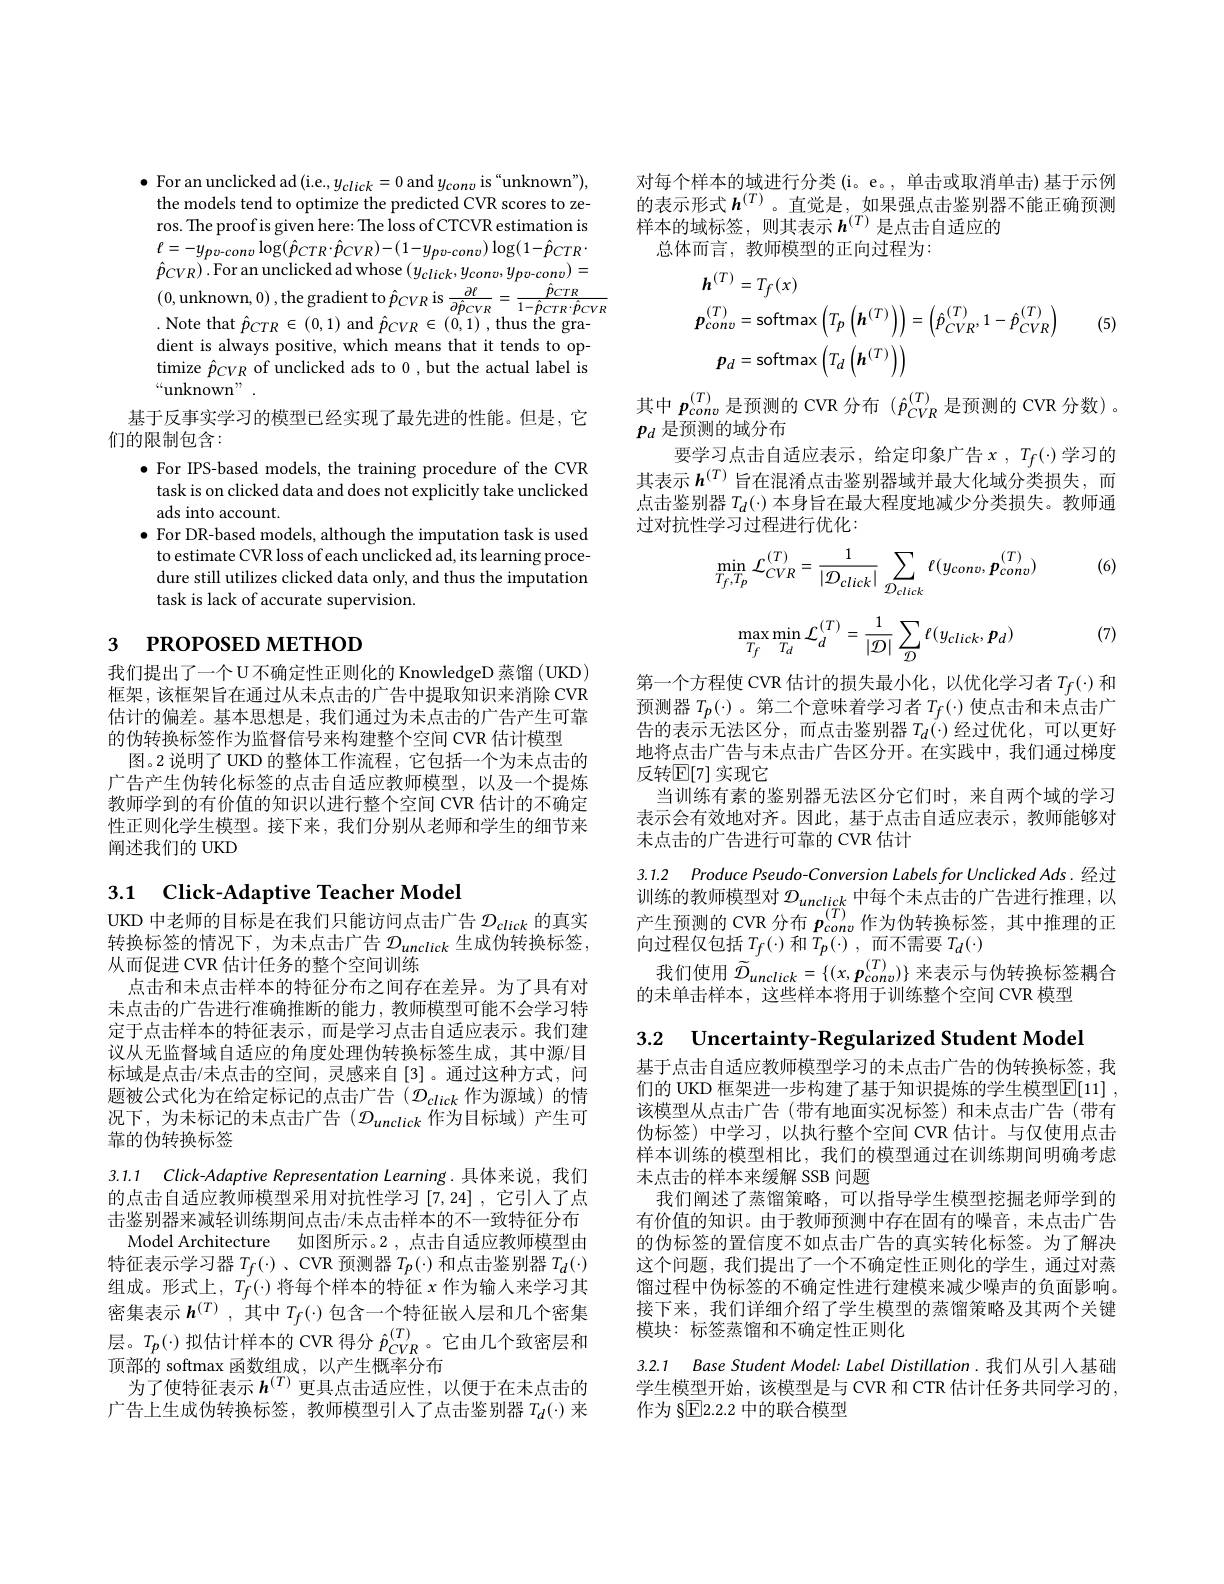
$\bullet$ Foran unclicked ad(i.e.,$y_click=0$ and $y_conv$ is "unknown"),
the models tend to optimize the predicted CVR scores to zeros. The proof is given here: The loss of CTCVR estimation is $\ell=-y_{pv-conv}\log(\hat{p}_{CTR}\cdot\hat{p}_{CVR})-(1-y_{pv-conv})\log(1-\hat{p}_{CTR}\cdot$ $\hat{p} _{CVR}) \cdot$For an unclicked ad whose $( y_{click}, y_{conv}, y_{pv- conv}) =$ (0,unknown, 0),the gradient to $\hat{p} _{CVR}$ is $\frac {\partial \ell }{\partial \hat{p} _{CVR}}= \frac {\hat{p} _{CTR}}{1- \hat{p} _{CTR}\cdot \hat{p} _{CVR}}$ Note that $\hat{n} _{CTB}\in ( 0, 1)$ and $\hat{p} _{CVB}\in ( 0, 1) $,thus the gr
.Note that $\hat{p}_{CTR}\in(0,1)$ and $\hat{p}_{CVR}\in(0,1)$ ,thus the gradient is always positive, which means that it tends to optimize $\hat{p}_{CVR}$ of unclicked ads to 0, but the actual label is “unknown” .
基于反事实学习的模型已经实现了最先进的性能。但是，它
们的限制包含：
$\bullet$ For IPS-based models, the training procedure of the CVR task is on clicked data and does not explicitly take unclicked ads into account.
$\bullet$ For DR-based models, although the imputation task is used to estimate CVR loss of each unclicked ad, its learning procedure still utilizes clicked data only, and thus the imputation task is lack of accurate supervision.

# 3 PROPOSED METHOD

我们提出了一个U不确定性正则化的 KnowledgeD 蒸馏(UKD) 框架，该框架旨在通过从未点击的广告中提取知识来消除 CVR 估计的偏差。基本思想是，我们通过为未点击的广告产生可靠的伪转换标签作为监督信号来构建整个空间 CVR 估计模型
图。2 说明了 UKD 的整体工作流程，它包括一个为未点击的广告产生伪转化标签的点击自适应教师模型，以及一个提炼教师学到的有价值的知识以进行整个空间 CVR 估计的不确定性正则化学生模型。接下来，我们分别从老师和学生的细节来阐述我们的 UKD

## 3.1 Click-Adaptive Teacher Model

UKD 中老师的目标是在我们只能访问点击广告$\mathcal{D}_{click}$的真实转换标签的情况下，为未点击广告$\mathcal{D}_unclick$生成伪转换标签， 从而促进 CVR 估计任务的整个空间训练
点击和未点击样本的特征分布之间存在差异。为了具有对未点击的广告进行准确推断的能力，教师模型可能不会学习特定于点击样本的特征表示，而是学习点击自适应表示。我们建议从无监督域自适应的角度处理伪转换标签生成，其中源/目标域是点击/未点击的空间，灵感来自[3]。通过这种方式，问题被公式化为在给定标记的点击广告($\mathcal{D}_click$作为源域)的情况下，为未标记的未点击广告($\mathcal{D}_unclick$作为目标域)产生可靠的伪转换标签

3.1.1 Click-Adaptive Representation Learning.具体来说，我们的点击自适应教师模型采用对抗性学习[7,24] ,它引人了点击鉴别器来减轻训练期间点击/未点击样本的不一致特征分布Model Architecture 如图所示。2 , 点击自适应教师模型由
特征表示学习器$T_f(\cdot)$ 、CVR 预测器$T_p(\cdot)$和点击鉴别器$T_d(\cdot)$ 组成。形式上，$T_f(\cdot)$将每个样本的特征$x$作为输人来学习其密集表示$h^{(T)}$ ,其中$T_f(\cdot)$包含一个特征嵌入层和几个密集层。$T_{p}(\cdot)$拟估计样本的 CVR 得分$\hat{p}_{CVR}^{(T)}$。它由几个致密层和顶部的 softmax 函数组成，以产生概率分布
为了使特征表示$h^{(T)}$更具点击适应性，以便于在未点击的广告上生成伪转换标签，教师模型引人了点击鉴别器$T_d(\cdot)$来

对每个样本的域进行分类(i。e。,单击或取消单击)基于示例的表示形式$h^{(T)}$。直觉是，如果强点击鉴别器不能正确预测样本的域标签，则其表示$h^{(T)}$是点击自适应的
总体而言，教师模型的正向过程为：

(5)
$$\begin{aligned}&\boldsymbol{h}^{(T)}=T_{f}(x)\\&\boldsymbol{p}_{conv}^{(T)}=\mathrm{softmax}\left(T_{p}\left(\boldsymbol{h}^{(T)}\right)\right)=\left(\hat{p}_{CVR}^{(T)},1-\hat{p}_{CVR}^{(T)}\right)\\&\boldsymbol{p}_{d}=\mathrm{softmax}\left(T_{d}\left(\boldsymbol{h}^{(T)}\right)\right)\end{aligned}$$
其中$p_{conv}^{(T)}$是预测的 CVR 分布$(\hat{p}_{CVR}^{(T)}$是预测的 CVR 分数)。
$p_d$是预测的域分布
要学习点击自适应表示，给定印象广告$x,T_f(\cdot)$学习的其表示$h^{(T)}$旨在混淆点击鉴别器域并最大化域分类损失，而点击鉴别器$T_d(\cdot)$本身旨在最大程度地减少分类损失。教师通过对抗性学习过程进行优化：

(6)
$$\min_{T_{f},T_{p}}\mathcal{L}_{CVR}^{(T)}=\frac{1}{|\mathcal{D}_{click}|}\sum_{\mathcal{D}_{click}}\ell(y_{conv},\boldsymbol{p}_{conv}^{(T)})$$
$$\max\limits_{T_f}\min\limits_{T_d}\mathcal{L}_d^{(T)}=\frac{1}{|\mathcal{D}|}\sum\limits_{\mathcal{D}}\ell(y_{click},\boldsymbol{p}_d)$$
(7)

第一个方程使 CVR 估计的损失最小化，以优化学习者$T_f(\cdot)$和预测器$T_p(\cdot)$ 。第二个意味着学习者$T_f(\cdot)$使点击和未点击广告的表示无法区分，而点击鉴别器$T_d(\cdot)$经过优化，可以更好地将点击广告与未点击广告区分开。在实践中，我们通过梯度反转$\mathbb{E}[7]$实现它
当训练有素的鉴别器无法区分它们时，来自两个域的学习表示会有效地对齐。因此，基于点击自适应表示，教师能够对未点击的广告进行可靠的 CVR 估计

3.1.2 Produce Pseudo-Conversion Labels for Unclicked Ads. 经过训练的教师模型对$\mathcal{D}_unclick$中每个未点击的广告进行推理，以产生预测的 CVR 分布 $p_{conv}^{(T)}$作为伪转换标签，其中推理的正向过程仅包括$T_f(\cdot)$和$T_p(\cdot)$,而不需要$T_d(\cdot)$
我们使用$\widetilde{\mathcal{D}}_{unclick}=\{(x,\boldsymbol{p}_{conv}^{(T)})\}$来表示与伪转换标签耦合
的未单击样本，这些样本将用于训练整个空间 CVR 模型

3.2 Uncertainty-Regularized Student Model

基于点击自适应教师模型学习的未点击广告的伪转换标签，我们的 UKD 框架进一步构建了基于知识提炼的学生模型$\boxed{\mathrm{E} }[ 11]$ , 该模型从点击广告 (带有地面实况标签)和未点击广告 (带有伪标签)中学习，以执行整个空间 CVR 估计。与仅使用点击样本训练的模型相比，我们的模型通过在训练期间明确考虑未点击的样本来缓解 SSB 问题
我们阐述了蒸馏策略，可以指导学生模型挖掘老师学到的有价值的知识。由于教师预测中存在固有的噪音，未点击广告的伪标签的置信度不如点击广告的真实转化标签。为了解决这个问题，我们提出了一个不确定性正则化的学生，通过对蒸馏过程中伪标签的不确定性进行建模来减少噪声的负面影响。接下来，我们详细介绍了学生模型的蒸馏策略及其两个关键模块：标签蒸馏和不确定性正则化

3.2.1 Base Student Model: Label Distillation. 我们从引人基础学生模型开始，该模型是与 CVR 和 CTR 估计任务共同学习的， 作为 §$\underline{\mathrm{E}}$2.2.2 中的联合模型